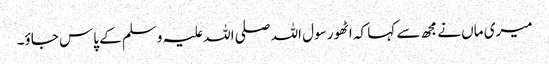
میری ماں نے مجھ سے کہا کہ اٹھو رسول اللہ صلی اللہ علیہ وسلم کے پاس جاؤ۔